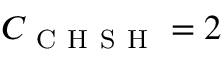
{ \cal C } _ { \mathrm { ~ C ~ H ~ S ~ H ~ } } = 2